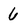
Character: 6